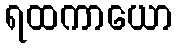
ရထကာယော